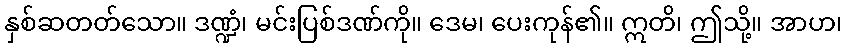
နှစ်ဆတတ်သော။ ဒဏ္ဍံ၊ မင်းပြစ်ဒဏ်ကို။ ဒေမ၊ ပေးကုန်၏။ ဣတိ၊ ဤသို့။ အာဟ၊